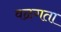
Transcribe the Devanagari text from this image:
वळगता